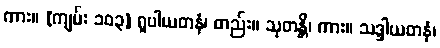
ကား။ [ကျမ်း ၁၀၃] ရူပါယတနံ၊ တည်း။ သုတန္တိ၊ ကား။ သဒ္ဒါယတနံ၊